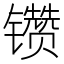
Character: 𰿆